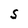
Character: S